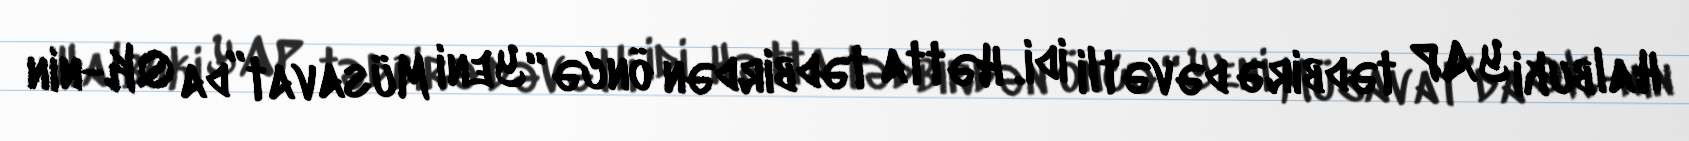
Halbuki YAP tədbirə dəvətli idi. Hətta tədbirdən öncə “Yeni Müsavat”da QK-nin